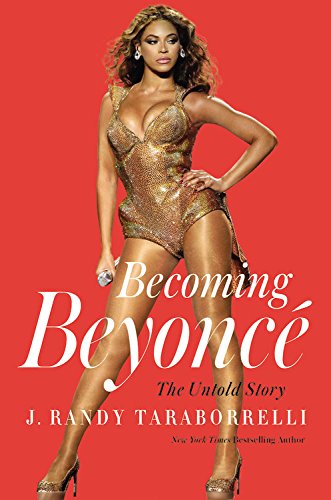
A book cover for Becoming BeyoncÃ©: The Untold Story; J. Randy Taraborrelli; Arts & Photography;